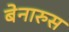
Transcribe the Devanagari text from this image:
बेनारुस